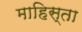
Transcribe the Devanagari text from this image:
माहिस्ता